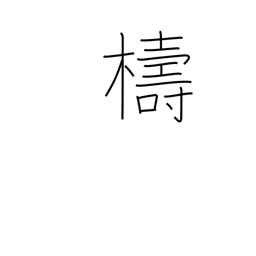
Meaning: ignorant